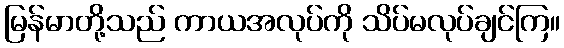
မြန်မာတို့သည် ကာယအလုပ်ကို သိပ်မလုပ်ချင်ကြ။